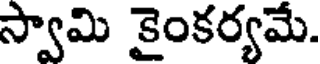
స్వామి కైంకర్యమే.